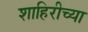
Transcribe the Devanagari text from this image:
शाहिरीच्या